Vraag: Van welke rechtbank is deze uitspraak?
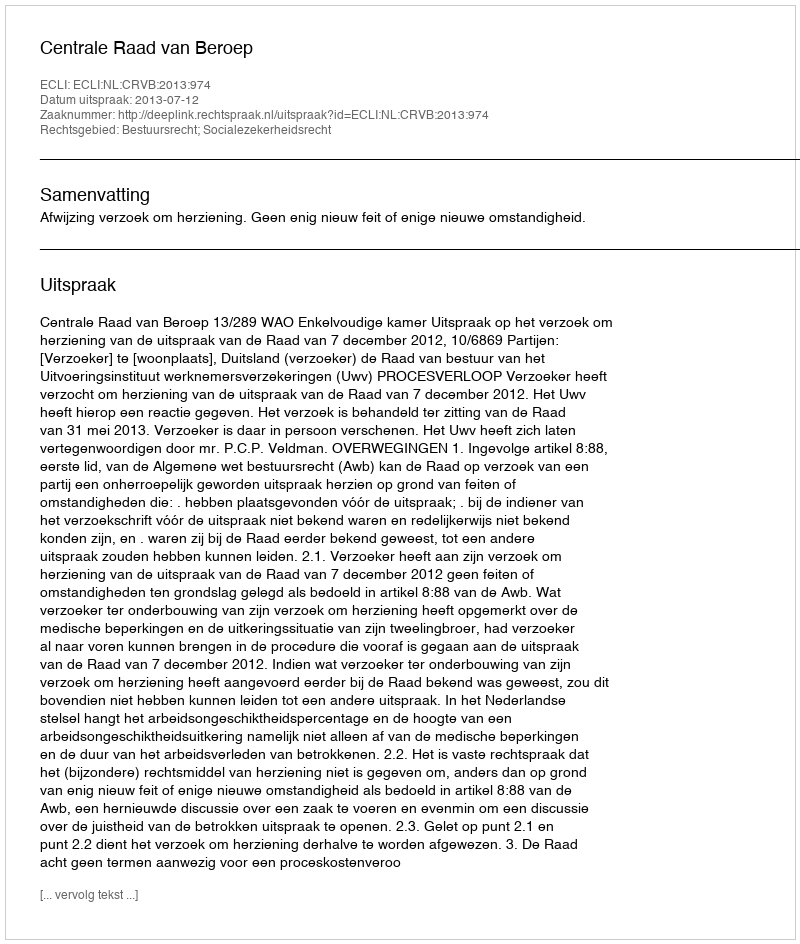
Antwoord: Centrale Raad van Beroep